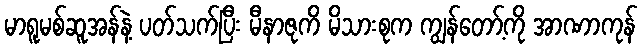
မာရူမစ်ဆူအန်နဲ့ ပတ်သက်ပြီး မီနာဇုကိ မိသားစုက ကျွန်တော့်ကို အာဏာကုန်